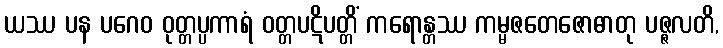
ယဿ ပန ပဂေဝ ဝုတ္တပ္ပကာရံ ဝတ္တပဋိပတ္တိံ ကရောန္တဿ ကမ္မဇတေဇောဓာတု ပဇ္ဇလတိ,